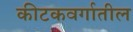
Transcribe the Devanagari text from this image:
कीटकवर्गातील